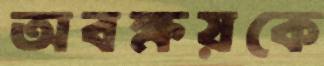
অবক্ষয়কে